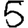
Digit: 5